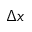
\Delta x